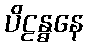
ပိဠန္ဓနေ